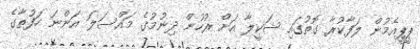
ޕީޕީއެމުން ލަފާކުރާ ގޮތުގައި ޝަކީލާ އަށް ރުހުން ދިނުމުގެ މައްސަލަ އަންނަ ހަފުތާގެ